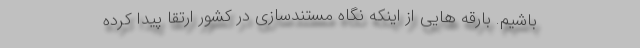
باشیم. بارقه هایی از اینکه نگاه مستندسازی در کشور ارتقا پیدا کرده